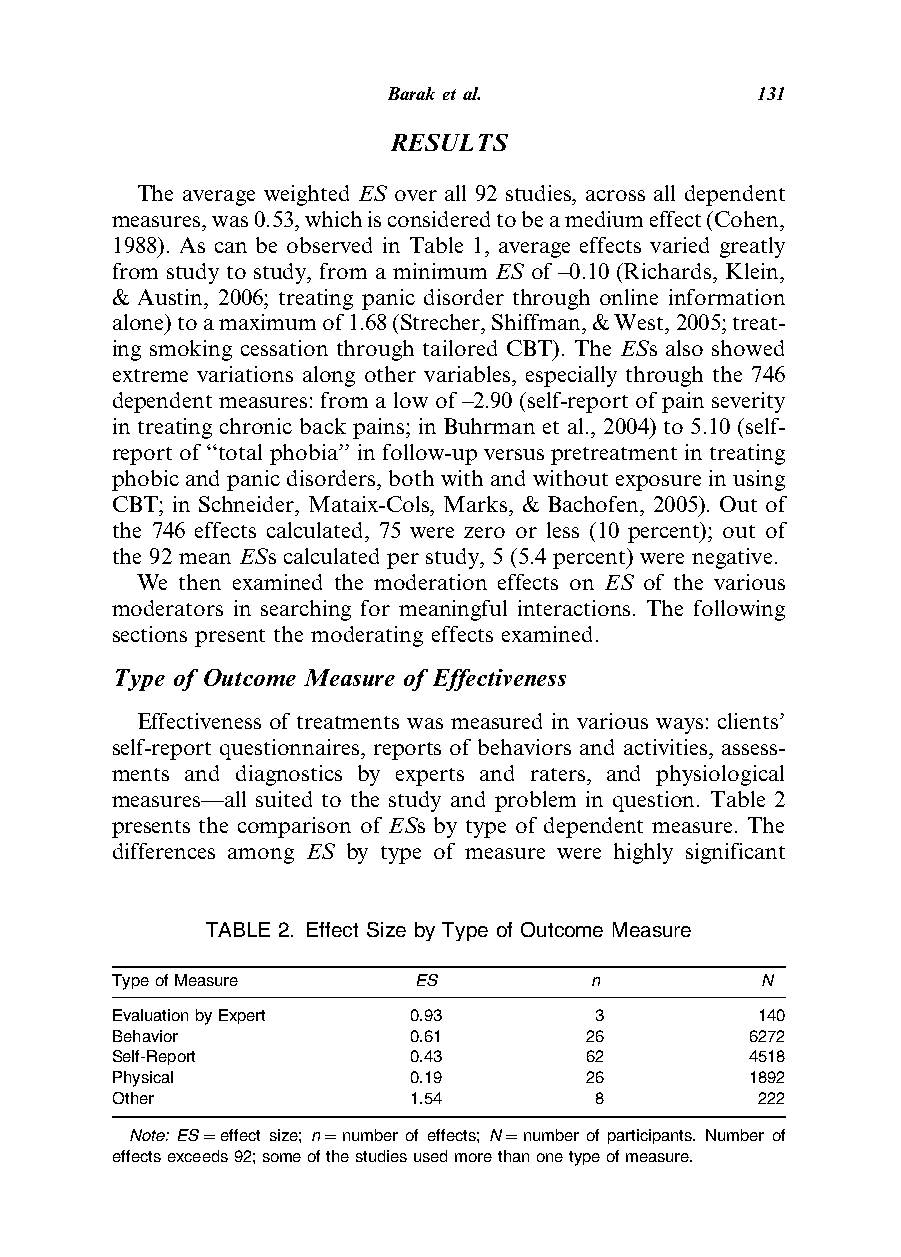
Barak etal.             131
 RESULTS
 The average weighted ES over all 92 studies, across all dependent
 measures,was0.53,whichisconsideredtobeamediumeffect(Cohen,
 1988). As can be observed in Table 1, average effects varied greatly
 from study to study, from a minimum ES of –0.10 (Richards, Klein,
 & Austin, 2006; treating panic disorder through online information
 alone)toamaximumof1.68(Strecher,Shiffman,&West,2005;treat-
 ing smoking cessation through tailored CBT). The ESs also showed
 extreme variations along other variables, especially through the 746
 dependent measures: from a low of –2.90 (self-report of pain severity
 in treating chronic back pains; in Buhrman et al., 2004) to 5.10 (self-
 report of ‘‘total phobia’’ in follow-up versus pretreatment in treating
 phobic and panic disorders, both with and without exposure in using
 CBT; in Schneider, Mataix-Cols, Marks, & Bachofen, 2005). Out of
 the 746 effects calculated, 75 were zero or less (10 percent); out of
 the 92 mean ESs calculated per study, 5 (5.4 percent) were negative.
 We then examined the moderation effects on ES of the various
 moderators in searching for meaningful interactions. The following
 sections present the moderating effects examined.
 Type of Outcome Measure of Effectiveness
 Effectiveness of treatments was measured in various ways: clients’
 self-report questionnaires, reports of behaviors and activities, assess-
 ments and diagnostics by experts and raters, and physiological
 measures—all suited to the study and problem in question. Table 2
 presents the comparison of ESs by type of dependent measure. The
 differences among ES by type of measure were highly significant
 TABLE 2. Effect Size by Type of Outcome Measure
 TypeofMeasure       ES          n          N
 EvaluationbyExpert  0.93        3          140
 Behavior            0.61        26         6272
 Self-Report         0.43        62         4518
 Physical            0.19        26         1892
 Other               1.54        8          222
 Note: ES¼effect size; n¼number of effects; N¼number of participants. Number of
 effectsexceeds92;someofthestudiesusedmorethanonetypeofmeasure.